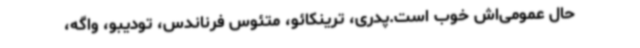
حال عمومی‌اش خوب است.پدری، ترینکائو، متئوس فرناندس، تودیبو، واگه،